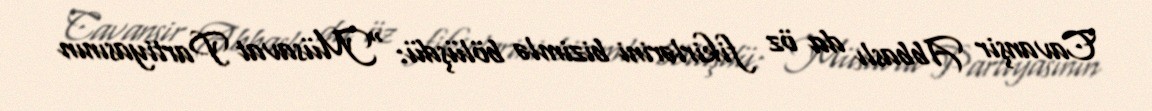
Cavanşir Abbaslı da öz fikirlərini bizimlə bölüşdü: “Müsavat Partiyasının